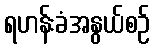
ရဟန်းခံအနွယ်စဉ်